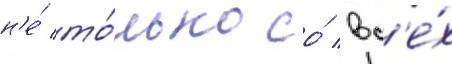
н'е́ то́лько со́ вс'е́х